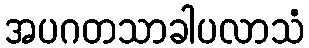
အပဂတသာခါပလာသံ